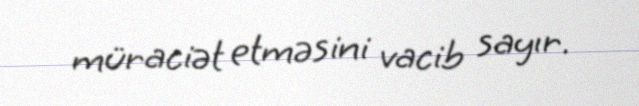
müraciət etməsini vacib sayır.